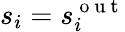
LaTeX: s_{i}=s_{i}^{\mathrm{~o~u~t~}}